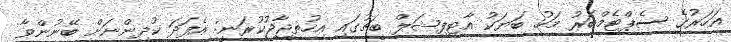
އަހަރުގެ ސެޕްޓެމްބަރު މަހު ބަޔަކު އާޓިފިޝަލް ބީޗުގައި އިހުތިޖާޖުކުރަނީ: އެފަދަ ކުދިންނަށް ބޭނުންވާ